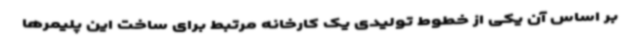
بر اساس آن یکی از خطوط تولیدی یک کارخانه مرتبط برای ساخت این پلیمرها